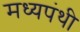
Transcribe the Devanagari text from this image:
मध्यपंथी